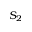
S _ { 2 }